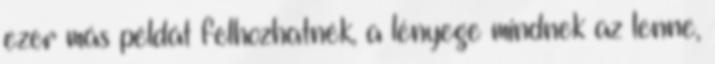
ezer más példát felhozhatnék, a lényege mindnek az lenne,